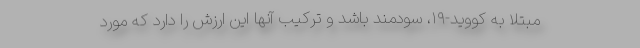
مبتلا به کووید-۱۹، سودمند باشد و ترکیب آنها این ارزش را دارد که مورد